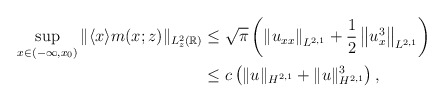
\begin{align*}\begin{aligned}\sup _{x\in\left(-\infty, x_0\right)}\|\langle x\rangle m(x;z)\|_{L_z^2(\mathbb{R})} & \leq \sqrt{\pi}\left(\left\|u_{xx}\right\|_{L^{2,1}}+\frac{1}{2}\left\|u_x^3\right\|_{L^{2,1}}\right) \\& \leq c\left(\|u\|_{H^{2,1}}+\|u\|_{H^{2,1}}^3\right),\end{aligned}\end{align*}